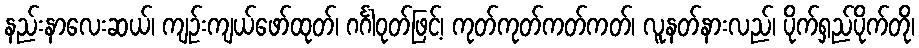
နည်းနာလေးဆယ်၊ ကျဉ်းကျယ်ဖော်ထုတ်၊ ဂင်္ဂါဝုတ်ဖြင့်၊ ကုတ်ကုတ်ကတ်ကတ်၊ လူနတ်နားလည်၊ ပိုက်ရှည်ပိုက်တို၊